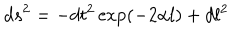
LaTeX: d s ^ { 2 } = - d t ^ { 2 } \exp ( - 2 \alpha l ) + d l ^ { 2 }